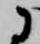
に